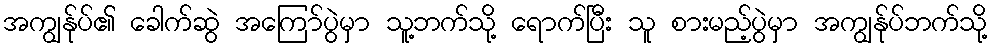
အကျွန်ုပ်၏ ခေါက်ဆွဲ အကြော်ပွဲမှာ သူ့ဘက်သို့ ရောက်ပြီး သူ စားမည့်ပွဲမှာ အကျွန်ုပ်ဘက်သို့